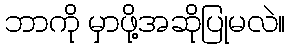
ဘာကို မှာဖို့အဆိုပြုမလဲ။